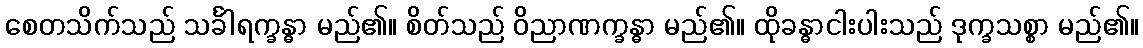
စေတသိက်သည် သင်္ခါရက္ခန္ဓာ မည်၏။ စိတ်သည် ဝိညာဏက္ခန္ဓာ မည်၏။ ထိုခန္ဓာငါးပါးသည် ဒုက္ခသစ္စာ မည်၏။